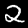
Label: 2